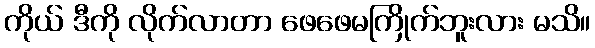
ကိုယ် ဒီကို လိုက်လာတာ ဖေဖေမကြိုက်ဘူးလား မသိ။